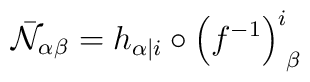
{\bar {\cal N}}_{\alpha\beta}= h_{\alpha \vert i} \circ \left (f^{-1} \right )^i_{\phantom{i} \beta}